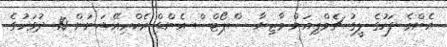
އެންމެ ފަހުގެ ލީގު ޗެމްޕިއަން މާޒިޔާ ސްޕޯޓްސް އެންޑް ރެކްރިއޭޝަނުން 10 ދުވަހުގެ